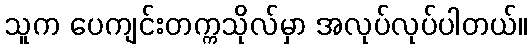
သူက ပေကျင်းတက္ကသိုလ်မှာ အလုပ်လုပ်ပါတယ်။